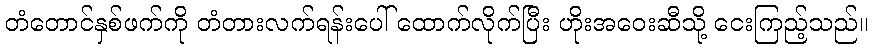
တံတောင်နှစ်ဖက်ကို တံတားလက်ရန်းပေါ် ထောက်လိုက်ပြီး ဟိုးအဝေးဆီသို့ ငေးကြည့်သည်။